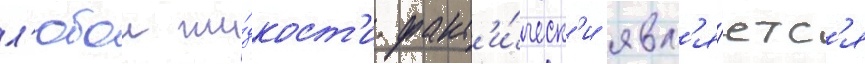
л'юбои жи́дкост'и факт'и́ческ'и явл'я́етс'я